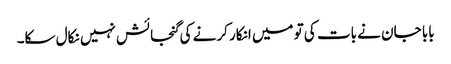
بابا جان نے بات کی تو میں انکار کرنے کی گنجائش نہیں نکال سکا۔